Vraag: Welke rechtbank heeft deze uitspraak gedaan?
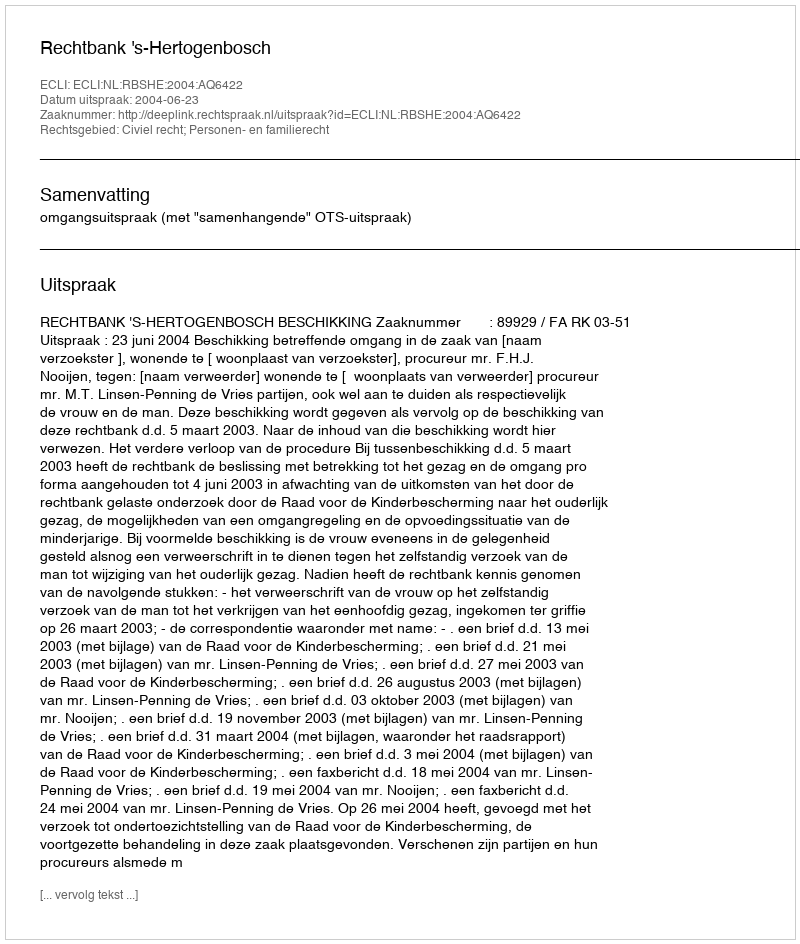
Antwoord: Rechtbank 's-Hertogenbosch